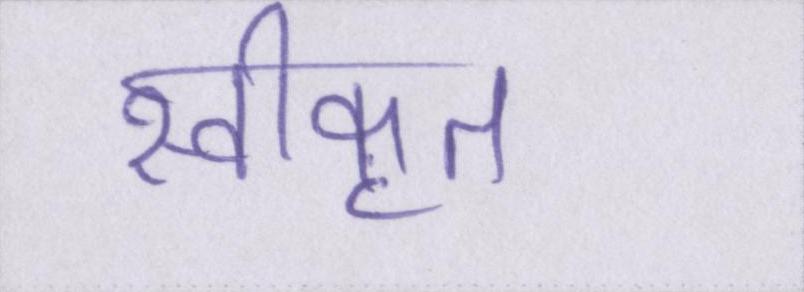
स्वीकृत